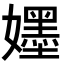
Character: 𡣫